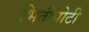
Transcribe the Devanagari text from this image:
भितीपोटी